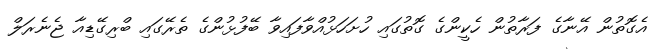
އެގޮތުން އޭނާގެ ފަރާތުން ހެކީންގެ ގޮތުގައި ހުށަހަޅުއްވާފައިވާ ބޭފުޅުންގެ ތެރޭގައި ބްރިގޭޑިއާ ޖެނެރަލް